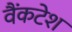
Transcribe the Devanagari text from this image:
वैंकटेश